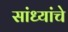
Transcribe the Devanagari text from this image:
सांध्यांचे